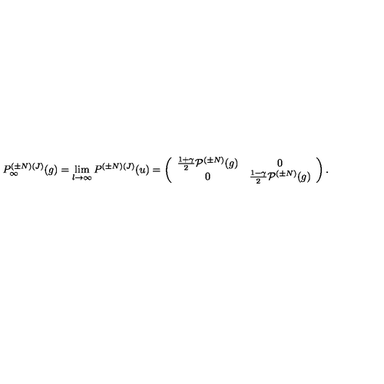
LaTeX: P _ { \infty } ^ { ( { \pm } N ) ( J ) } ( g ) = \lim _ { l { \rightarrow } { \infty } } P ^ { ( { \pm } N ) ( J ) } ( u ) = \left( \begin{array} { c c } { \frac { 1 + { \gamma } } { 2 } { \cal P } ^ { ( { \pm } N ) } ( g ) } & { 0 } \\ { 0 } & { \frac { 1 - { \gamma } } { 2 } { \cal P } ^ { ( { \pm } N ) } ( g ) } \\ \end{array} \right) .